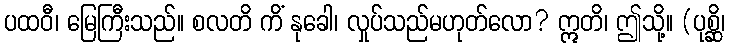
ပထဝီ၊ မြေကြီးသည်။ စလတိ ကိံ နုခေါ၊ လှုပ်သည်မဟုတ်လော? ဣတိ၊ ဤသို့။ (ပုစ္ဆိ၊